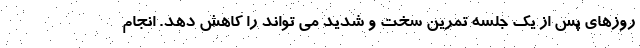
روزهای پس از یک جلسه تمرین سخت و شدید می تواند را کاهش دهد. انجام